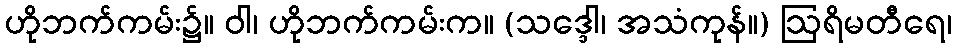
ဟိုဘက်ကမ်း၌။ ဝါ၊ ဟိုဘက်ကမ်းက။ (သဒ္ဒေါ၊ အသံကုန်။) ဩရိမတီရေ၊